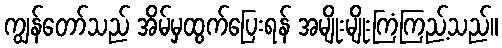
ကျွန်တော်သည် အိမ်မှထွက်ပြေးရန် အမျိုးမျိုးကြံကြည့်သည်။